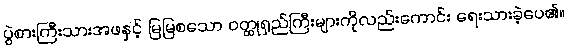
ပွဲစားကြီးသားအဖနှင့် မြမြစသော ဝတ္ထုရှည်ကြီးများကိုလည်းကောင်း ရေးသားခဲ့ပေ၏။